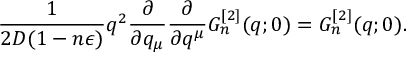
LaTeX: \frac { 1 } { 2 D ( 1 - n \epsilon ) } q ^ { 2 } \frac { \partial } { \partial q _ { \mu } } \frac { \partial } { \partial q ^ { \mu } } G _ { n } ^ { [ 2 ] } ( q ; 0 ) = G _ { n } ^ { [ 2 ] } ( q ; 0 ) .